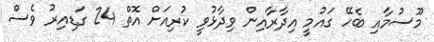
މޫސުމާއި ބެހޭ ގައުމީ އިދާރާއިން ވިދާޅުވީ ކުރިއަށް އޮތް 24 ގަޑިއިރު ވެސް